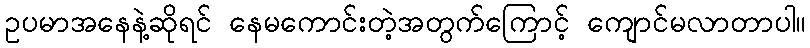
ဥပမာအနေနဲ့ဆိုရင် နေမကောင်းတဲ့အတွက်ကြောင့် ကျောင်မလာတာပါ။